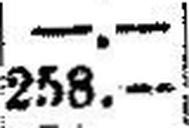
258.—